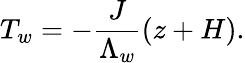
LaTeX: T_{w}=-\frac{J}{\Lambda_{w}}(z+H).